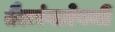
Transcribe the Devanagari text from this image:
तैलरंगाऐवजी